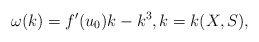
\begin{align*}\omega(k)=f'(u_0)k-k^3,k=k(X,S),\end{align*}